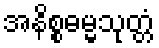
အနိစ္စဓမ္မသုတ္တံ